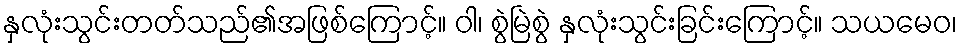
နှလုံးသွင်းတတ်သည်၏အဖြစ်ကြောင့်။ ဝါ၊ စွဲမြဲစွဲ နှလုံးသွင်းခြင်းကြောင့်။ သယမေဝ၊